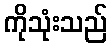
ကိုသုံးသည်